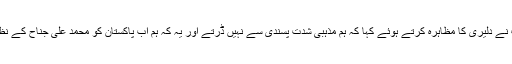
جب عاطف میاں کی نامزدگی کی مخالفت شروع ہوئی تو عمران خان کے وزیرِ اطلاعات نے دلیری کا مظاہرہ کرتے ہوئے کہا کہ ہم مذہبی شدت پسندی سے نہیں ڈرتے اور یہ کہ ہم اب پاکستان کو محمد علی جناح کے نظریہ کا وہ پاکستان بنائیں گے جہاں ہر شہری اپنی قابلیت کے مطابق خدمات انجام دے گا۔